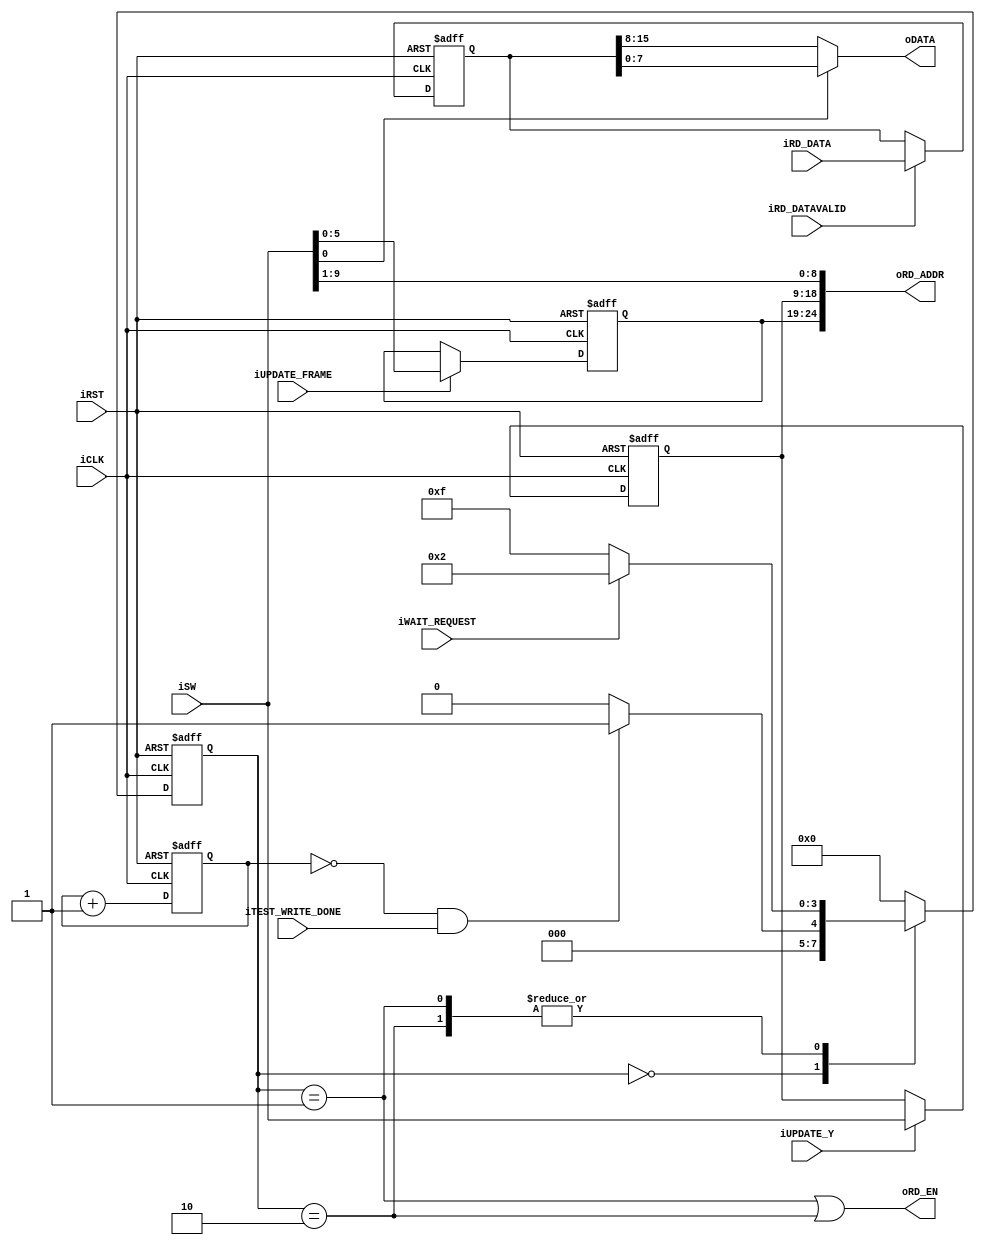
module test_sdram_read(
	input         iCLK,
	input         iRST,
	
	input         iTEST_WRITE_DONE,
	
	input         iWAIT_REQUEST,
	output        oRD_EN,
	output [24:0] oRD_ADDR,
	input  [15:0] iRD_DATA,
	input         iRD_DATAVALID,
	output [7:0]  oDATA,
	
	input  [9:0]  iSW,
	input         iUPDATE_FRAME,
	input         iUPDATE_Y
);
/*
Reading the data in sdram
*/

// states
parameter ST_IDLE = 4'd0;
parameter ST_READ_REQ = 4'd1;
parameter ST_READ_STALLED = 4'd2;
parameter ST_READ_DONE = 4'd15;


reg  [3:0]  states, states_next;
reg  [19:0] counter_idle, counter_idle_next;
reg  [15:0] data_captured;
reg  [9:0]  y_coord;
reg  [5:0]  frame_id;


assign oRD_EN = (states == ST_READ_REQ) || (states == ST_READ_STALLED);
assign oDATA = (iSW[0] == 0)? data_captured[15:8] : data_captured[7:0];

// =============================
//  read addr managing
// =============================
assign oRD_ADDR[24:19] = frame_id;
assign oRD_ADDR[18:9] = y_coord;
assign oRD_ADDR[8:0] = iSW[9:1];
always @ (posedge iRST or posedge iCLK) begin
	if(iRST) begin
		frame_id <= 0;
		y_coord <= 0;
	end
	else begin
		if(iUPDATE_FRAME)
			frame_id <= iSW[5:0];
		if(iUPDATE_Y)
			y_coord <= iSW[9:0];

	end
end
//  end of read addr managing


// states_next
always @ (*) case(states)
	ST_IDLE:  // asserted write_done allows the reading when counter_idle hits 0
		states_next = (counter_idle==0 && iTEST_WRITE_DONE)? ST_READ_REQ:ST_IDLE;
	
	ST_READ_REQ: begin  //  send read request
		if(iWAIT_REQUEST)
			states_next = ST_READ_STALLED;
		else begin
			states_next = ST_READ_DONE;
		end
	end
	
	ST_READ_STALLED: begin
		if(iWAIT_REQUEST)
			states_next = ST_READ_STALLED;
		else begin
			states_next = ST_READ_DONE;
		end
	end
	
	default:
		states_next = ST_IDLE;
endcase

always @ (*) begin
	counter_idle_next = counter_idle + 1'b1;
end


// sequential part
always @ (posedge iRST or posedge iCLK) begin
	if(iRST) begin
		states <= ST_IDLE;
		counter_idle <= 1;
	end
	else begin
		states <= states_next;
		counter_idle <= counter_idle_next;
	end
end

// output of the result of reading operation
always @ (posedge iRST or negedge iCLK) begin
	if(iRST) begin
		data_captured <= 16'd0;
	end
	else begin
		if(iRD_DATAVALID) begin
			data_captured <= iRD_DATA;
		end
	end
end

endmodule